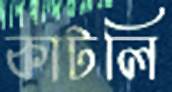
কাটলি